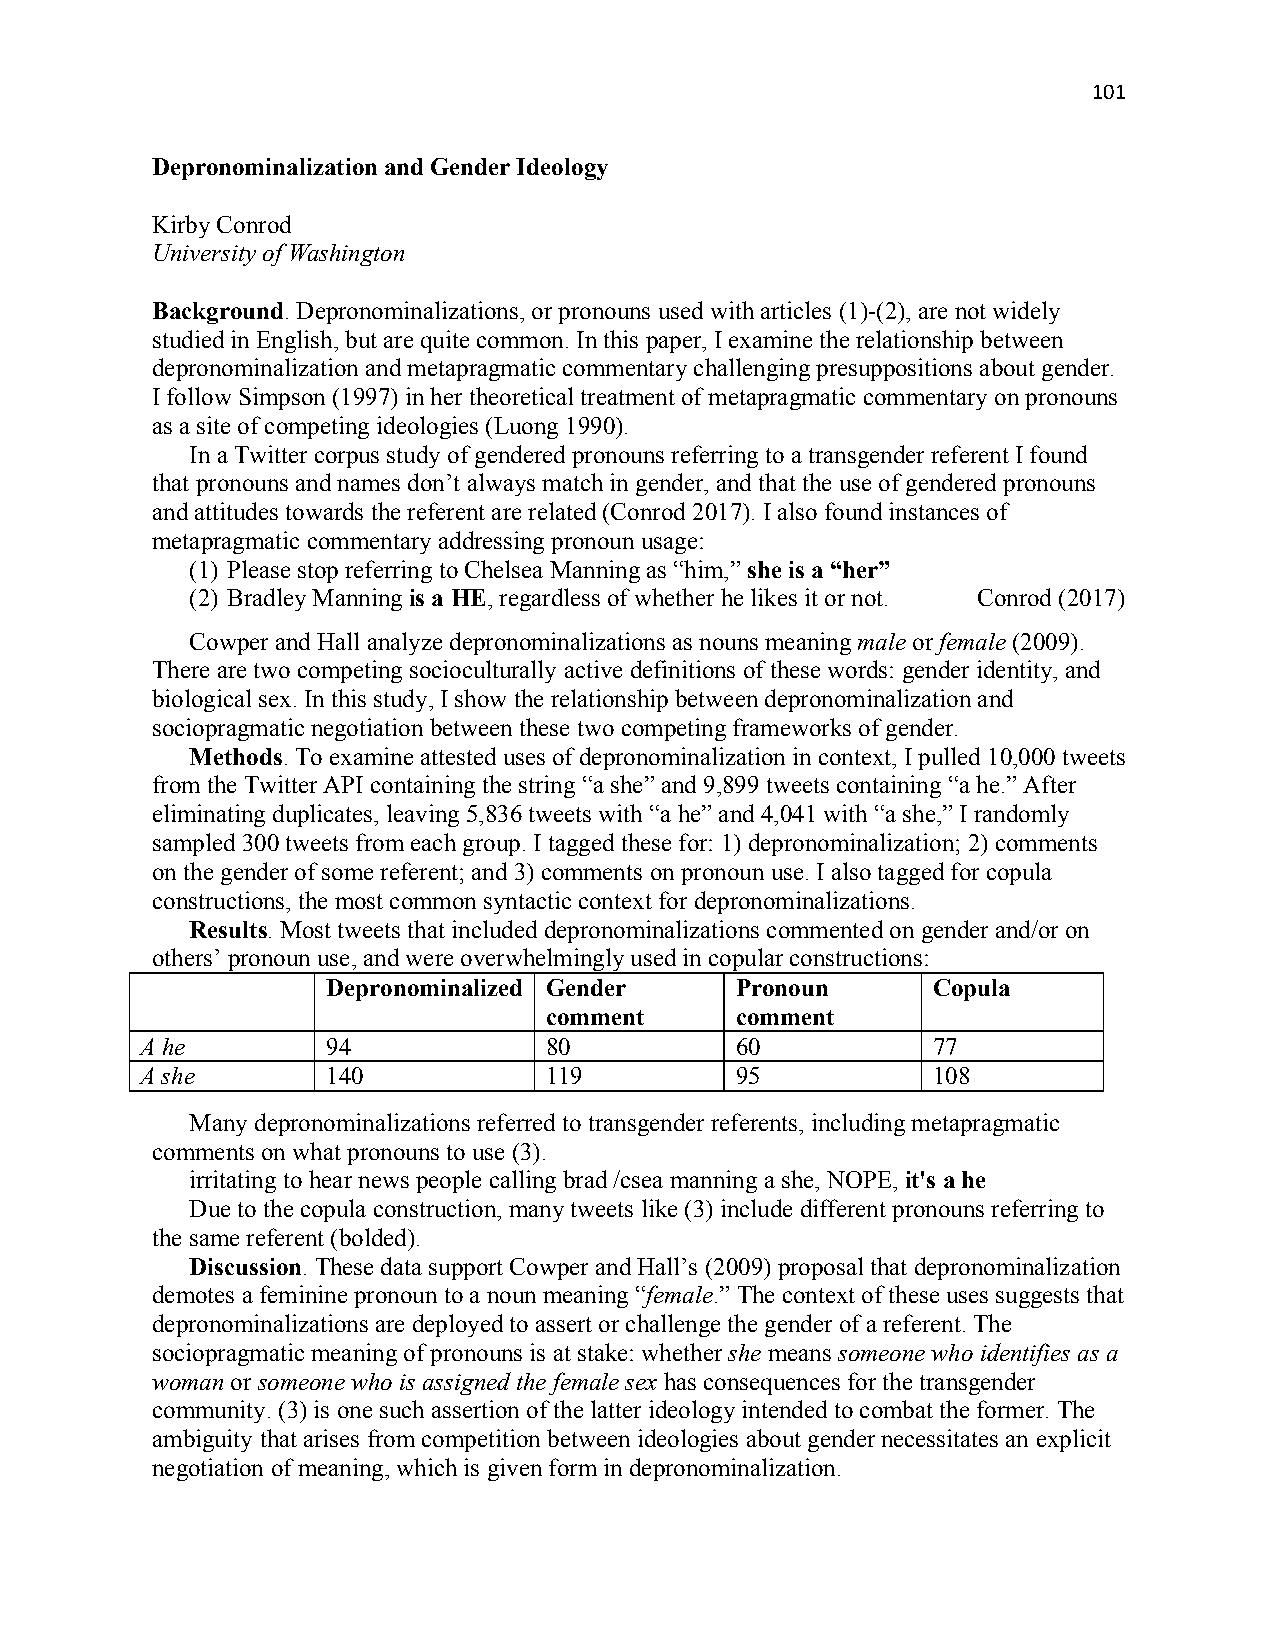
101
 Depronominalization and Gender Ideology
 Kirby Conrod
 University of Washington
 Background. Depronominalizations, or pronouns used with articles (1)-(2), are not widely
 studied in English, but are quite common. In this paper, I examine the relationship between
 depronominalization and metapragmatic commentary challenging presuppositions about gender.
 I follow Simpson (1997) in her theoretical treatment of metapragmatic commentary on pronouns
 as a site of competing ideologies (Luong 1990).
 In a Twitter corpus study of gendered pronouns referring to a transgender referent I found
 that pronouns and names don’t always match in gender, and that the use of gendered pronouns
 and attitudes towards the referent are related (Conrod 2017). I also found instances of
 metapragmatic commentary addressing pronoun usage:
 (1) Please stop referring to Chelsea Manning as “him,” she is a “her”
 (2) Bradley Manning is a HE, regardless of whether he likes it or not. Conrod (2017)
 Cowper and Hall analyze depronominalizations as nouns meaning male or female (2009).
 There are two competing socioculturally active definitions of these words: gender identity, and
 biological sex. In this study, I show the relationship between depronominalization and
 sociopragmatic negotiation between these two competing frameworks of gender.
 Methods. To examine attested uses of depronominalization in context, I pulled 10,000 tweets
 from the Twitter API containing the string “a she” and 9,899 tweets containing “a he.” After
 eliminating duplicates, leaving 5,836 tweets with “a he” and 4,041 with “a she,” I randomly
 sampled 300 tweets from each group. I tagged these for: 1) depronominalization; 2) comments
 on the gender of some referent; and 3) comments on pronoun use. I also tagged for copula
 constructions, the most common syntactic context for depronominalizations.
 Results. Most tweets that included depronominalizations commented on gender and/or on
 others’ pronoun use, and were overwhelmingly used in copular constructions:
 Depronominalized Gender    Pronoun      Copula
 comment      comment
 A he         94            80           60           77
 A she        140           119          95           108
 Many depronominalizations referred to transgender referents, including metapragmatic
 comments on what pronouns to use (3).
 irritating to hear news people calling brad /csea manning a she, NOPE, it's a he
 Due to the copula construction, many tweets like (3) include different pronouns referring to
 the same referent (bolded).
 Discussion. These data support Cowper and Hall’s (2009) proposal that depronominalization
 demotes a feminine pronoun to a noun meaning “female.” The context of these uses suggests that
 depronominalizations are deployed to assert or challenge the gender of a referent. The
 sociopragmatic meaning of pronouns is at stake: whether she means someone who identifies as a
 woman or someone who is assigned the female sex has consequences for the transgender
 community. (3) is one such assertion of the latter ideology intended to combat the former. The
 ambiguity that arises from competition between ideologies about gender necessitates an explicit
 negotiation of meaning, which is given form in depronominalization.